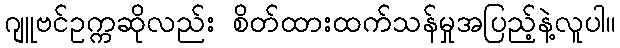
ဂျူဗင်ဥက္ကဆိုလည်း စိတ်ထားထက်သန်မှုအပြည့်နဲ့လူပါ။